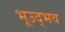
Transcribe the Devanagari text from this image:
भूउद्भव